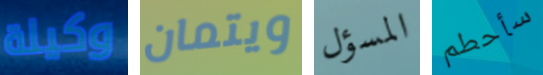
وكيلة ويتمان المسؤل سأحطم